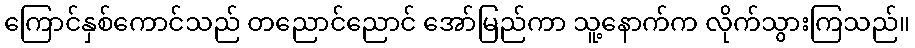
ကြောင်နှစ်ကောင်သည် တညောင်ညောင် အော်မြည်ကာ သူ့နောက်က လိုက်သွားကြသည်။